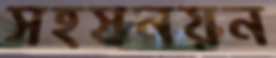
সহস্রনয়ন